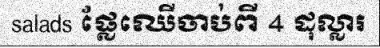
salads ផ្លែឈើចាប់ពី 4 ដុល្លារ